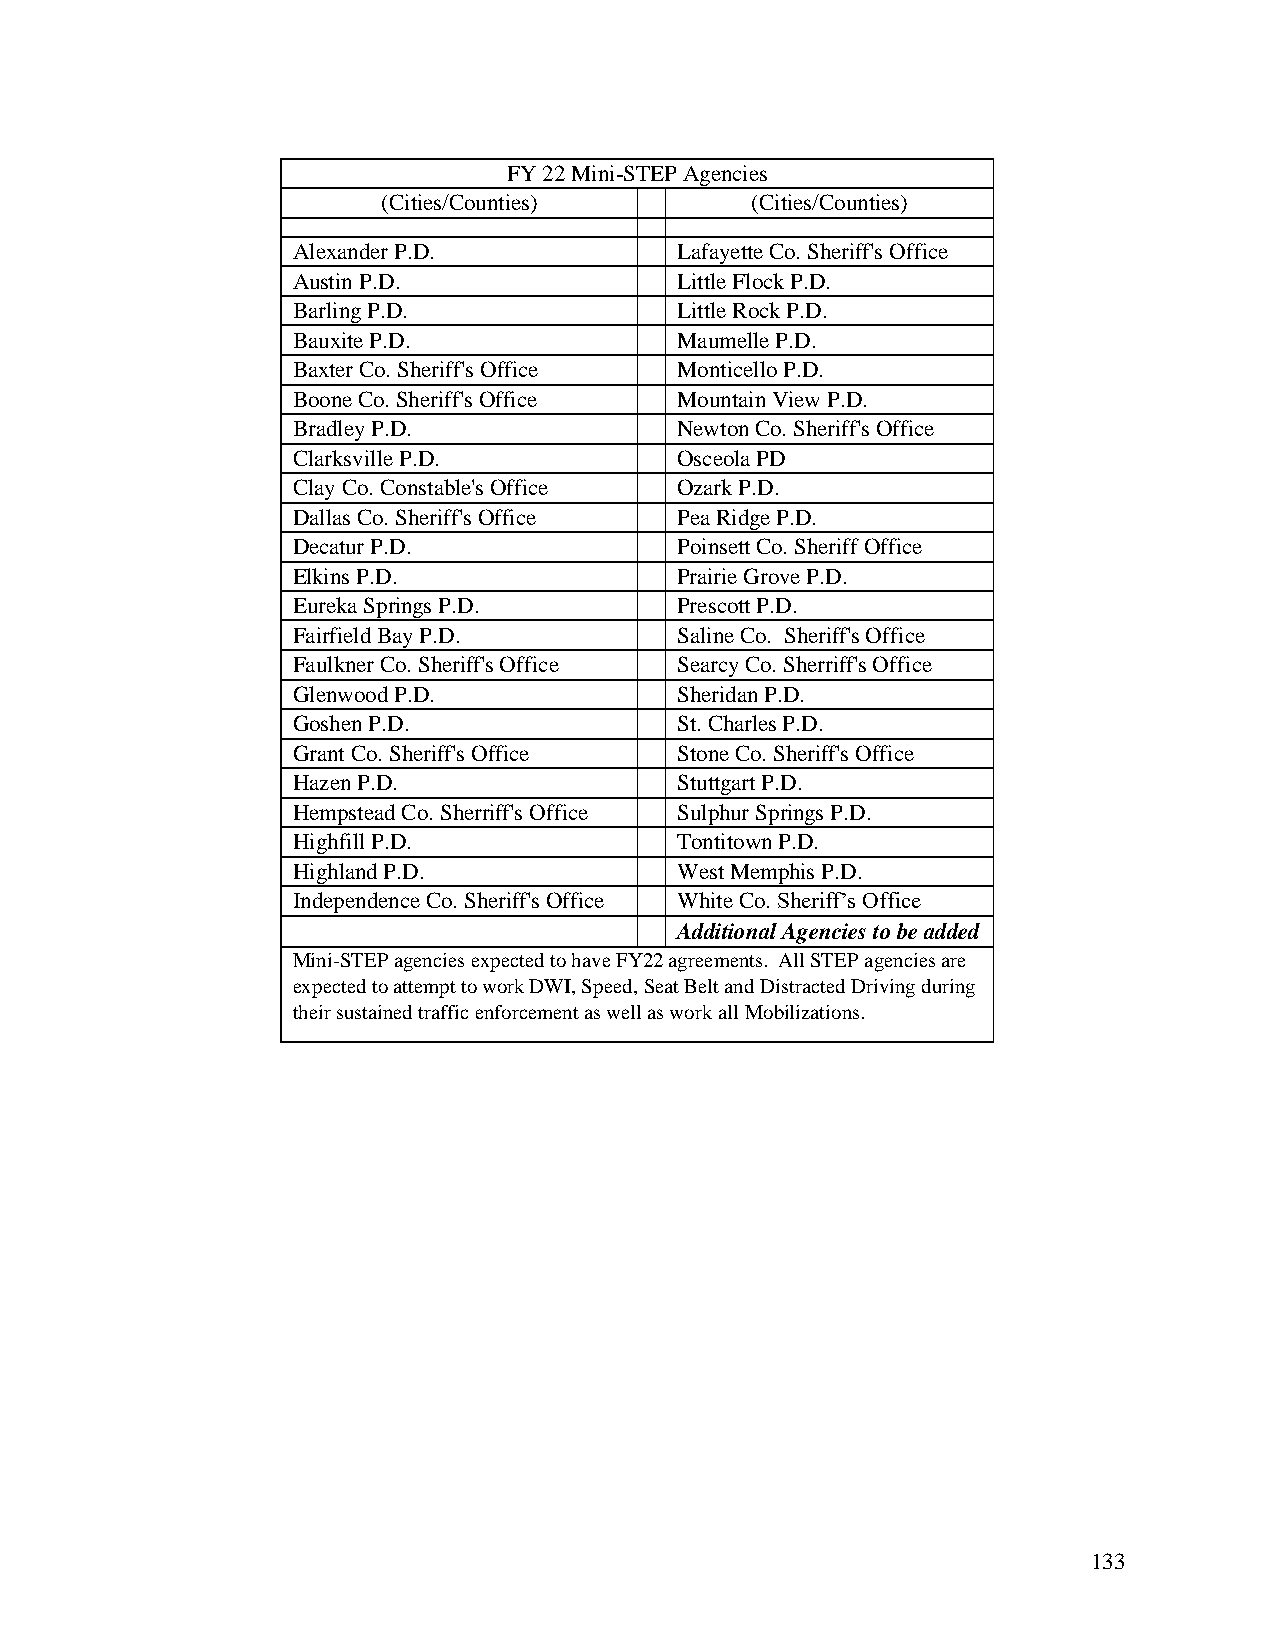
FY 22 Mini-STEP Agencies
 (Cities/Counties)        (Cities/Counties)
 Alexander P.D.            Lafayette Co. Sheriff's Office
 Austin P.D.               Little Flock P.D.
 Barling P.D.              Little Rock P.D.
 Bauxite P.D.              Maumelle P.D.
 Baxter Co. Sheriff's Office Monticello P.D.
 Boone Co. Sheriff's Office Mountain View P.D.
 Bradley P.D.              Newton Co. Sheriff's Office
 Clarksville P.D.          Osceola PD
 Clay Co. Constable's Office Ozark P.D.
 Dallas Co. Sheriff's Office Pea Ridge P.D.
 Decatur P.D.              Poinsett Co. Sheriff Office
 Elkins P.D.               Prairie Grove P.D.
 Eureka Springs P.D.       Prescott P.D.
 Fairfield Bay P.D.        Saline Co. Sheriff's Office
 Faulkner Co. Sheriff's Office Searcy Co. Sherriff's Office
 Glenwood P.D.             Sheridan P.D.
 Goshen P.D.               St. Charles P.D.
 Grant Co. Sheriff's Office Stone Co. Sheriff's Office
 Hazen P.D.                Stuttgart P.D.
 Hempstead Co. Sherriff's Office Sulphur Springs P.D.
 Highfill P.D.             Tontitown P.D.
 Highland P.D.             West Memphis P.D.
 Independence Co. Sheriff's Office White Co. Sheriff’s Office
 Additional Agencies to be added
 Mini-STEP agencies expected to have FY22 agreements. All STEP agencies are
 expected to attempt to work DWI, Speed, Seat Belt and Distracted Driving during
 their sustained traffic enforcement as well as work all Mobilizations.
 133